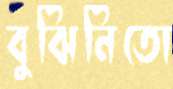
বুঝিনিতো